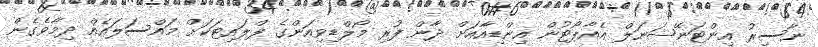
ނާސިރު އިންޓަނޭޝަނަލް އެއާޕޯޓުން އިންޑިއާއަށް ދާން ފުރި މޯލްޑިވިއަންގެ ފްލައިޓަކަށް މައްސަލައެއް ދިމާވެގެން